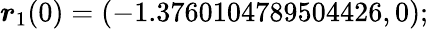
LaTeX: \boldsymbol{r}_{1}(0)=(-1.3760104789504426,0);